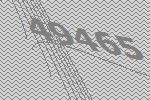
49465